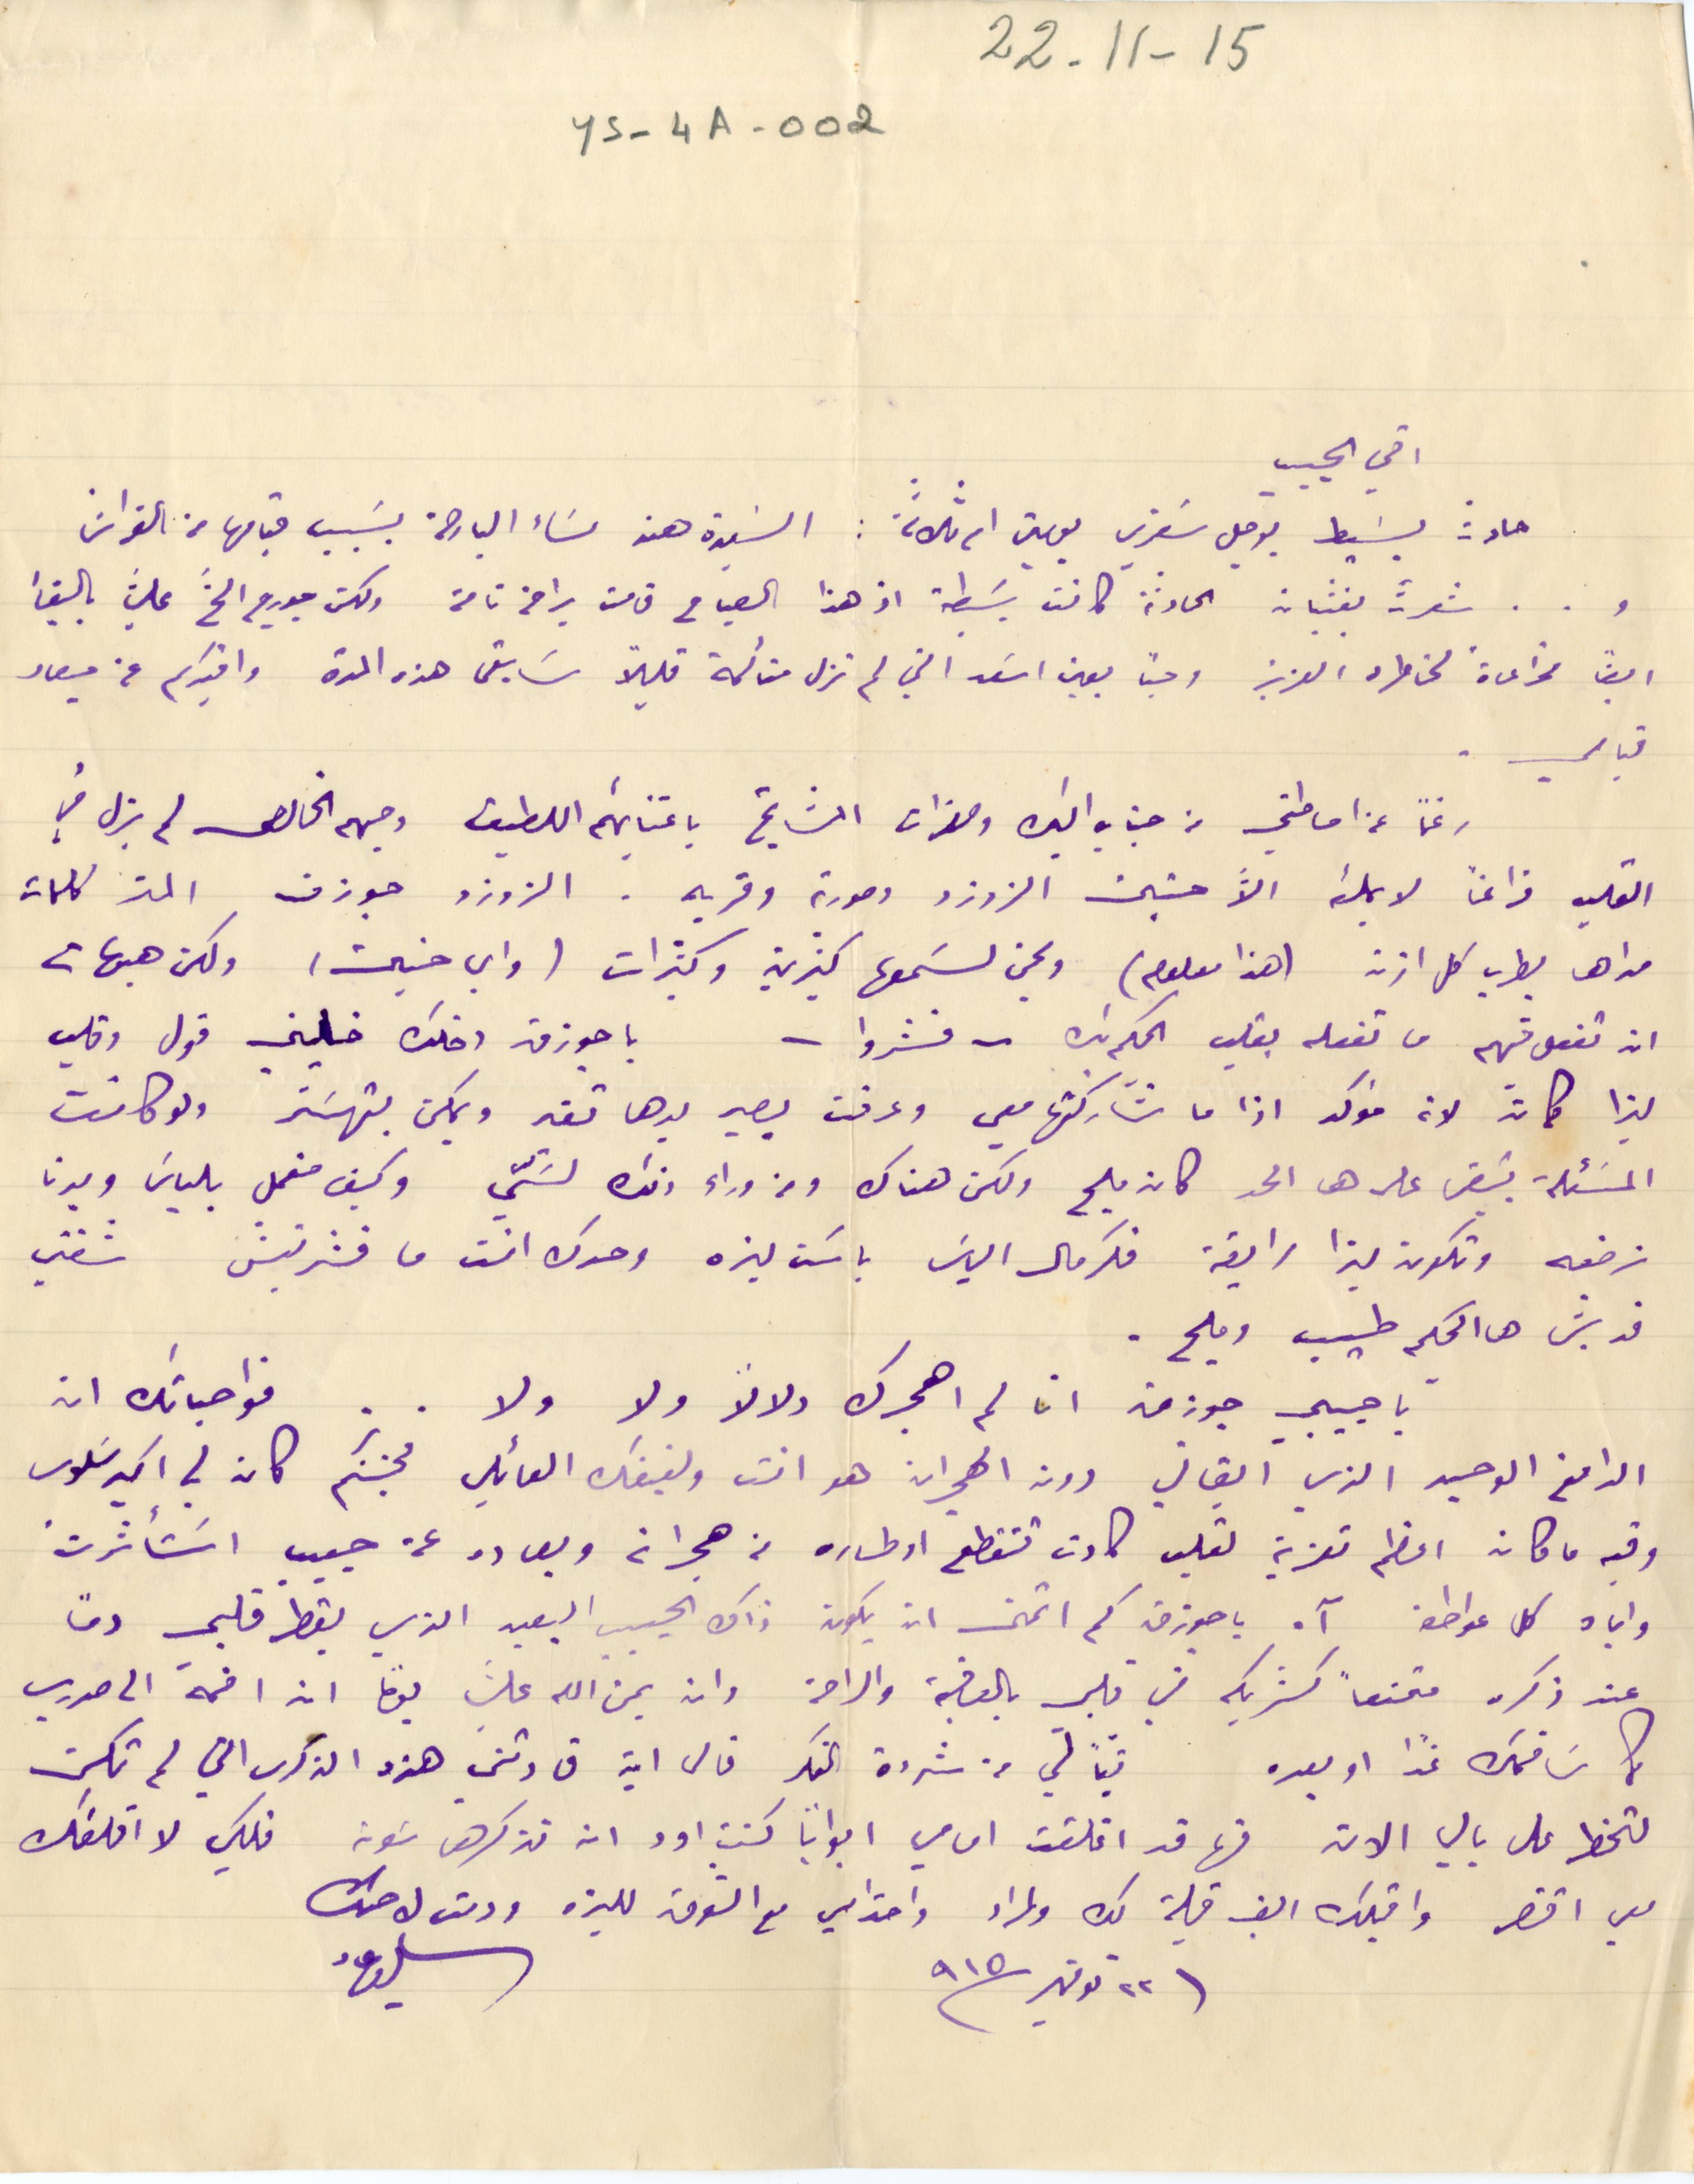
22-11-1٥
YS-4A-002
اخي الحبيب
حادث بسَيط يوجل سَفري يومين ام ثلاثة: السَيدة هند مسَاء البارحة بسَبب قيامها من الفراش
و.. شعرت بغثيان الحادثة كانت بسَيطة اذ هذا الصباح قامت براحة تامة ولكن جورج الحَّ عليَّ بالبقأ
ايضاً مراعاة لخاطره العزيز وحباً بعين اسَعد التي لم تزل متألمة قليلاً سَابقى هذه المرة وافيدكم عن ميعاد
قيامي.
رغماً عن احاطتي من جناب البك وحضرات المشايخ باعتنائهم اللطيف وحبهبم الخالص لم يزل في
القلب فراغاً لا يملئه الا َّحنين الزوزو وصورته وقربه. الزوزو جوزف الز كلمات
مداها يطرب كل اذن (هذا معلوم) ويحن لسَمعها كثيرين وكثيرات (واي حنين) ولكن هيهات
ان تفعل فيهم ما تفعله بقلب الحكم بك - فشروا - يا جوزف اخلك خاليني قول وقلب
ليزا كمان لانه مؤكد اذا ما شاركتها معي وعرفت بصير بدها تغير ويمكن بتهسَتر ولو كانت
المسَئلة تبقىى على ها الحد كان مليح ولكن هناك ومن وراء ذلك لسَيّ وكيف منعمل بلياسَ وبدنا
نرضعه وتكون ليزا رايقة فكرمال الياسَ باسَت ليزه وحدك انت ما فشرتيش شفتي
قديش هالحكيم طيب ومليح.
يا حبيبي جوزف ان لم اهجرك ولالا ولا ولا .. فواجباتك ان
الدافع الوحيد الذي ابقاني دون الهجران هو انت ولفيفك العائلي فحبكم كان لي اكبر سَلوى
وفيه ما كان اعظم تعزية لقلب كادت تتقطع اوطاره من هجرانه وبعاده عن حبيب اسَتأثرت
واياه كل عواطف آه يا جوزف كم اتمنى ان يكون ذاك الحبيب البعيد الذي يقطر قلبي دمًا
عند ذكره مقنعاً كشريك في قلبي بالعافية والراحة وان يمن الله عليَ يومًا ان اضمه الى صدري
كما سَاضمك غدا او بعده تبًا لي من شردة الفكر فالى اين قادتني هذه الذكرى التي لم تكن
لتخطر على بالي الان فها قد اغلقت امامي ابواباً كنت اود ان نذكرها سَوية فلكي لا اقلقك
معي اقتصر واقبلك الف قبلة لك ولمراد واحترامي مع الشوق لليزه ودمت لاختك
٢٢ نوفمبر سنة ٩١٥
سالي عاد